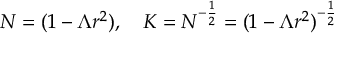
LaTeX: N = ( 1 - \Lambda r ^ { 2 } ) , \quad K = N ^ { - \frac { 1 } { 2 } } = ( 1 - \Lambda r ^ { 2 } ) ^ { - \frac { 1 } { 2 } }